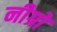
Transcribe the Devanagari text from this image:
नीग्रों